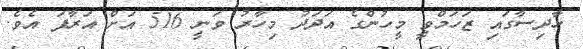
ހާދިސާގައި ޒަހަމްވީ މީހުންގެ އަދަދު މިހާރު ވަނީ 516 އަށް އަރާފަ އެވެ.